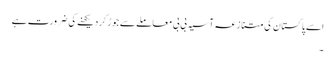
اسے پاکستان کی متنازعہ آسیہ بی بی معاملے سے جوڑ کر دیکھنے کی ضرورت ہے
۔